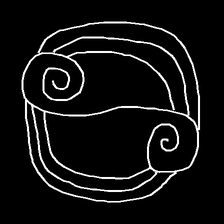
Glyph: wind-underfoot